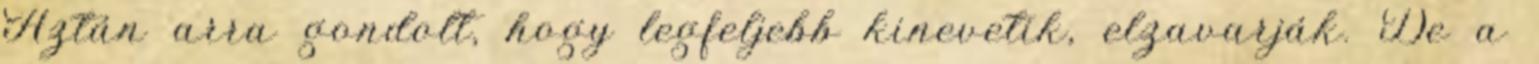
Aztán arra gondolt, hogy legfeljebb kinevetik, elzavarják. De a